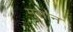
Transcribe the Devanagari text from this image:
मुसान